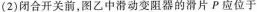
(2)闭合开关前，图乙中滑动变阻器的滑片P应位于